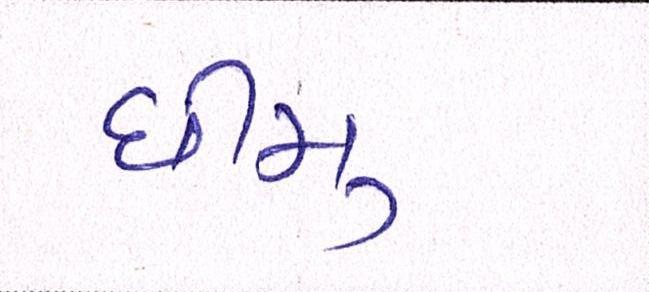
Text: ધીમુ